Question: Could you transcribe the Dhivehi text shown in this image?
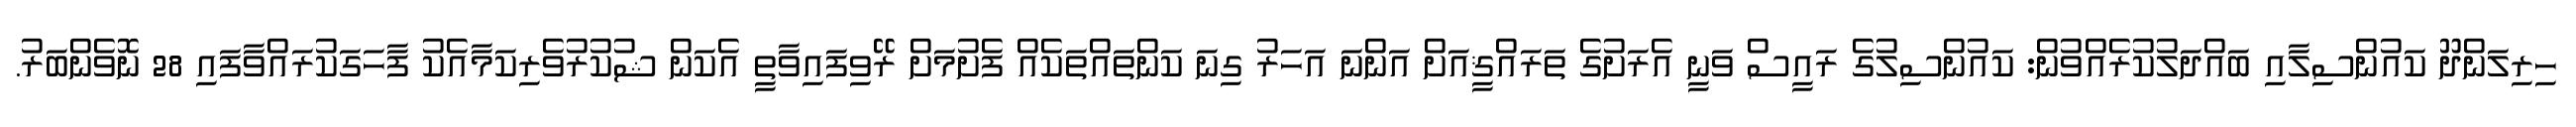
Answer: ހިރިލަންދޫ ކައުންސިލާއި ބައްދަލުކުރެއްވުން: ކައުންސިލުގެ ރައީސް ވަނީ އެރަށުގެ ތަރައްޤީއަށް އަންނަ އަހަރު ގިނަ ކަންތައްތަކެއް ފެށުމަށް ރޭވިފައިވާތީ އެކަން ޝުކުރުވެރިކަމާއެކު ފާހަގަކުރައްވާފައި 28 ނޮވެންބަރު.